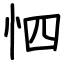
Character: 怬